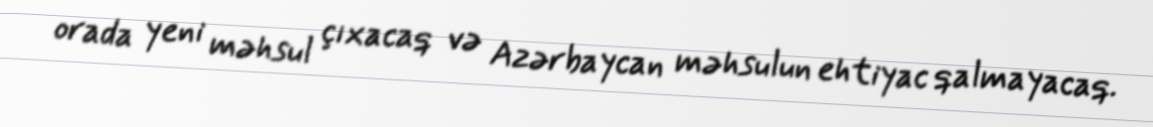
orada yeni məhsul çıxacaq və Azərbaycan məhsulun ehtiyac qalmayacaq.